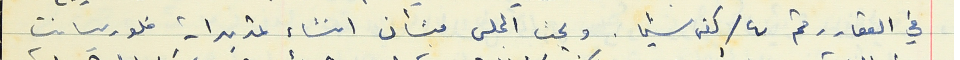
في العقار رقم ٤ / كفرشيما. وبحث المجلس بشأن انشاء تمديدات فلوريسانت